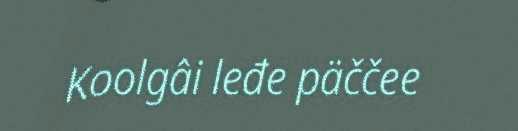
Koolgâi leđe päččee